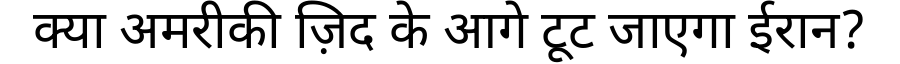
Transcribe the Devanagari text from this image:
क्या अमरीकी ज़िद के आगे टूट जाएगा ईरान?